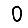
Digit: 0